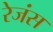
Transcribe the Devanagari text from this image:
रेजंस